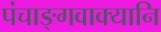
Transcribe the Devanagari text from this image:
पंचाङ्गवाक्यानि